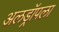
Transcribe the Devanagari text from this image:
अलड्रॉपला